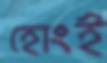
হোংই